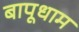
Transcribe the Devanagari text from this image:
बापूधाम